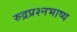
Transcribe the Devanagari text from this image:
रुद्रप्रश्नभाष्य